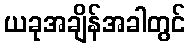
ယခုအချိန်အခါတွင်